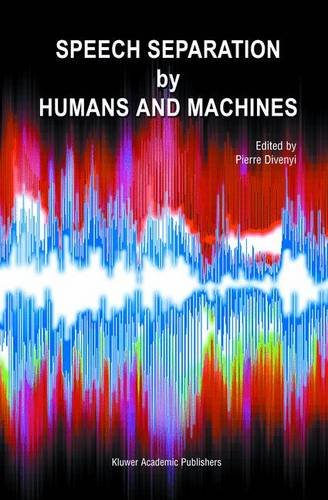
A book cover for Speech Separation by Humans and Machines; Computers & Technology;